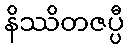
နိဿိတဇပ္ပီ